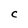
Character: C